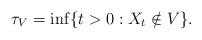
LaTeX: \begin{align*}\tau_V=\inf\{t>0: X_t\notin V\}.\end{align*}